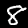
Label: 8